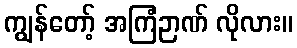
ကျွန်တော့် အကြံဉာဏ် လိုလား။